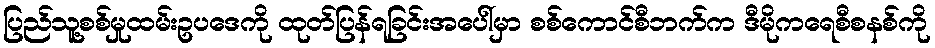
ပြည်သူ့စစ်မှုထမ်းဥပဒေကို ထုတ်ပြန်ရခြင်းအပေါ်မှာ စစ်ကောင်စီဘက်က ဒီမိုကရေစီစနစ်ကို